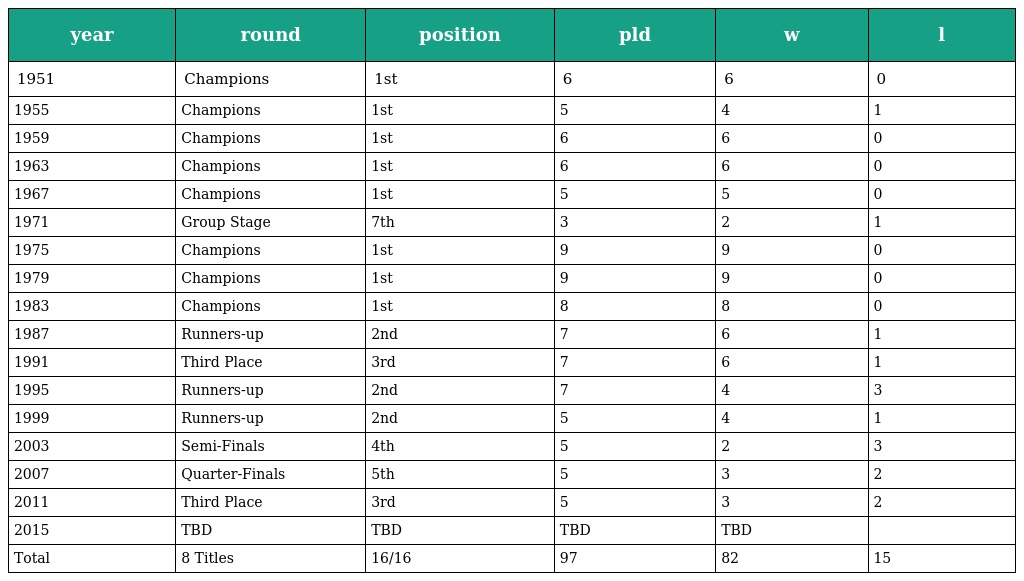
| year | round | position | pld | w | l |
 | --- | --- | --- | --- | --- | --- |
 | 1951 | Champions | 1st | 6 | 6 | 0 |
 | 1955 | Champions | 1st | 5 | 4 | 1 |
 | 1959 | Champions | 1st | 6 | 6 | 0 |
 | 1963 | Champions | 1st | 6 | 6 | 0 |
 | 1967 | Champions | 1st | 5 | 5 | 0 |
 | 1971 | Group Stage | 7th | 3 | 2 | 1 |
 | 1975 | Champions | 1st | 9 | 9 | 0 |
 | 1979 | Champions | 1st | 9 | 9 | 0 |
 | 1983 | Champions | 1st | 8 | 8 | 0 |
 | 1987 | Runners-up | 2nd | 7 | 6 | 1 |
 | 1991 | Third Place | 3rd | 7 | 6 | 1 |
 | 1995 | Runners-up | 2nd | 7 | 4 | 3 |
 | 1999 | Runners-up | 2nd | 5 | 4 | 1 |
 | 2003 | Semi-Finals | 4th | 5 | 2 | 3 |
 | 2007 | Quarter-Finals | 5th | 5 | 3 | 2 |
 | 2011 | Third Place | 3rd | 5 | 3 | 2 |
 | 2015 | TBD | TBD | TBD | TBD |  |
 | Total | 8 Titles | 16/16 | 97 | 82 | 15 |